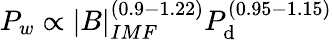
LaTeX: P_{w}\propto|B|_{IMF}^{(0.9-1.22)}P_{\mathrm{d}}^{(0.95-1.15)}